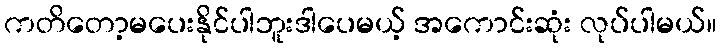
ကတိတော့မပေးနိုင်ပါဘူးဒါပေမယ့် အကောင်းဆုံး လုပ်ပါမယ်။